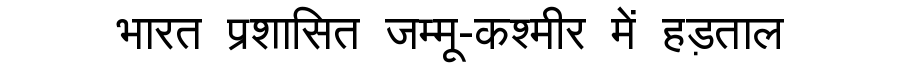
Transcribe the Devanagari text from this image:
भारत प्रशासित जम्मू-कश्मीर में हड़ताल